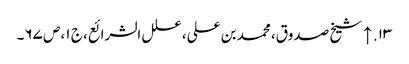
۱۳. ↑ شیخ صدوق، محمد بن علی، علل الشرائع، ج ۱، ص ۶۷۔